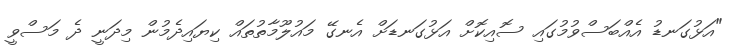
"އަޅުގަނޑު އެއްބަސްވުމުގައި ސޮއިކޮށް އަޅުގަނޑަށް އެނގޭ މައުލޫމާތުތައް ކިޔައިދެމުން މިދަނީ ދެ މަސްވީ